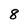
Character: 8